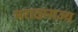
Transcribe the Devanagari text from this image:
मराठाराज्य